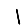
Digit: 1